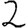
Digit: 2